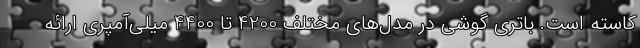
کاسته است. باتری گوشی در مدل‌های مختلف 4200 تا 4400 میلی‌آمپری ارائه